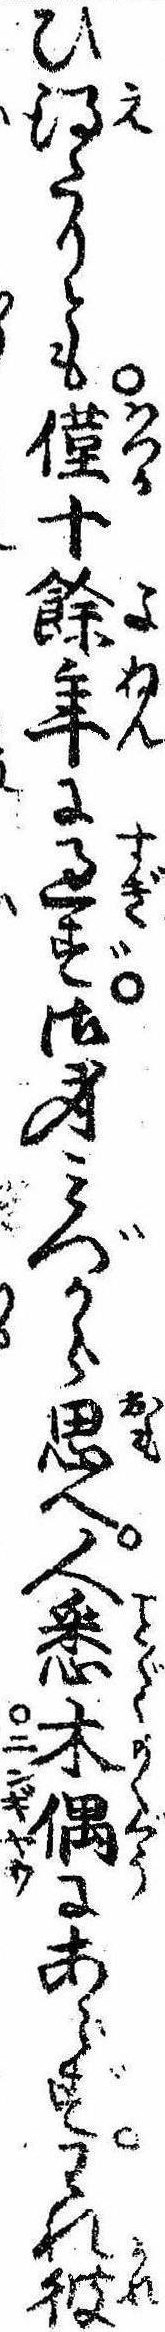
ひ得たりとも僅十余年に過ず御身みづから思へ人悉木偶にあらずわれ彼